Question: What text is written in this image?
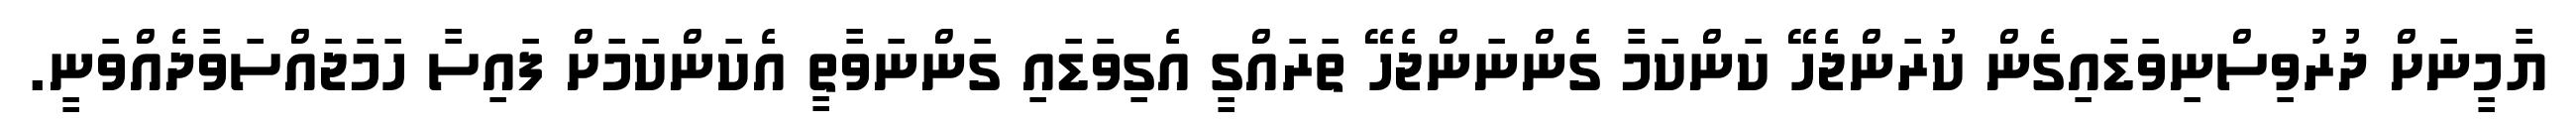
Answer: ޔާމީނަށް ދުރުވިސްނިވަޑައިގެން ކުރަންޖެހޭ ކަންކަމާ ގެންނަންޖެހޭ ތަރައްގީ އެގިވަޑައި ގަންނަވާތީ އެކަންކަމަށް ފައިސާ ހަމަޖައްސަވާދެއްވަނީ.